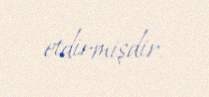
etdirmişdir.